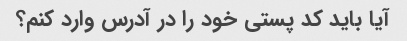
آیا باید کد پستی خود را در آدرس وارد کنم؟